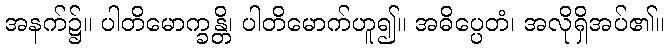
အနက်၌။ ပါတိမောက္ခန္တိ၊ ပါတိမောက်ဟူ၍။ အဓိပ္ပေတံ၊ အလိုရှိအပ်၏။